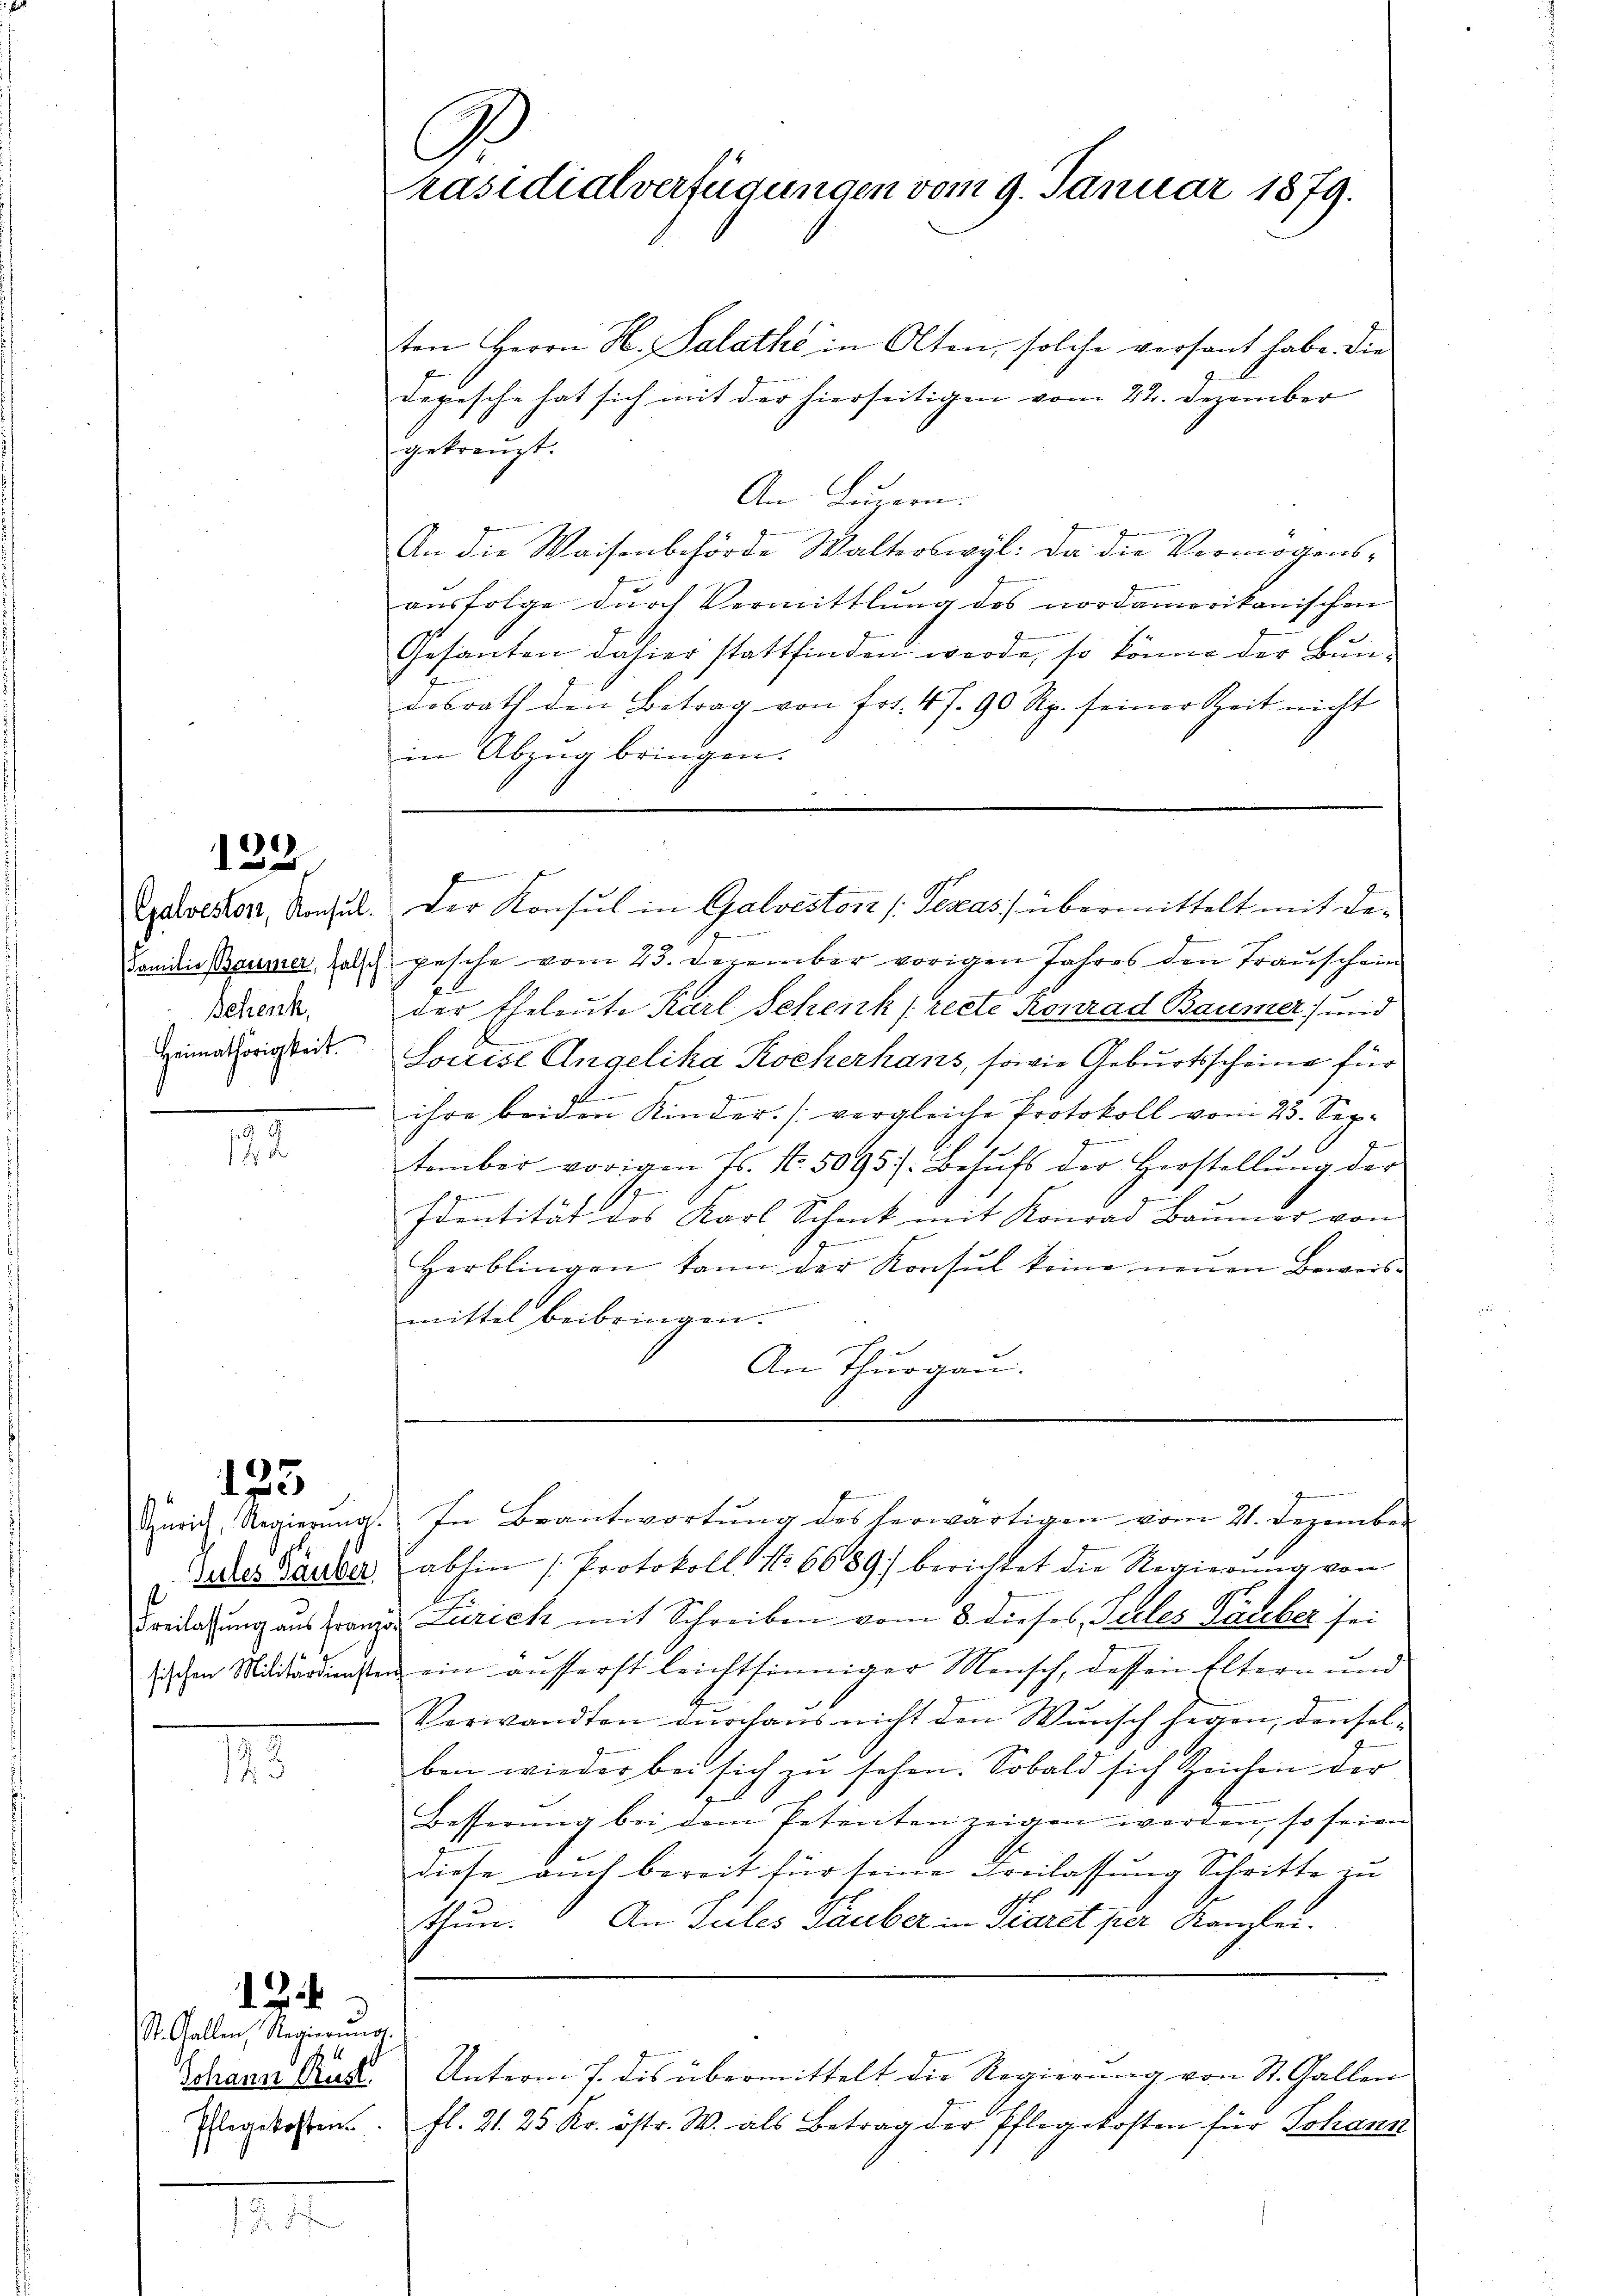
132.

Schenk,

1.

133

M

St. Gallen, Regierŭng.
Johann Rüst

12

.

G.
räsidialverfügungen vom 9. Januar 1879.

ten Herrn H. Palathe in Alten, solche versant habe. Die
Depesche hat sich mit der hierseitigen vom 22. Dezember
gekreuzt.
An Luzern.
f
An die Waisenbehörde Walterswyl: Da die Vermögensausfolge durch Vermittlung des nordamerikanischen
Gesanten dahier stattfinden werde, so könne der Bundesrath den Betrag von frt. 47. 90 Rp. seiner Zeit nicht
in Abzug bringen.
f
Eyaholster, Konsul. Der Konsul in Galvestori /Texas übermittelt mit de¬
Tanidie Baumer, Zoll gesche vom 23. Dezember vorigen Jahres den Trauschein
fl.
der Eheleute Karl Schenk (recte Konrad Baumer und
einaherigkeit. Louise Angelika Kocherhans, sowie Geburtsscheine für
f
 ihre beiden Kinder. (vergleiche Protokoll vom 23. Sepg
.
tember vorigen fs. No. 5095. Behŭfs der Herstellŭng der
t
d
Identität des Karl Schenk mit Konrad Baŭmer von
t
Herblingen kann der Konsŭl keine neŭen Beweis-
ungenieuremen
mittel beibringen.
An Thurgau.

Zürich, Regierŭng. In Beantwortŭng des herwärtigen vom 21. Dezember

Jedes Bauder abhin (Protokoll No 6689) berichtet die Regierung von
Fredatung aus franzes Zurick mit Schreiben vom 8. dieses Seeler Gadeber sei
ischen Militärdiensten ein äusserst leichtsinniger Mensch, dessen Eltern und
Verwandten durchaus nicht den Wunsch herzen, denselben wieder bei sich zu sehen. Sobald sich Zeichen der
Besserung bei dem Petenten zeigen werden, so seien
diese auch bereit für seine Freilassung Schritte zu
thun. An Sules Tauber in Paret per Kanzler.
Unterm 7. dis übermittelt die Regierung von St. Gallen
Elegekosten fl. 21. 25. Kr. östr. W. als Betrag der Pflegekosten für Johann